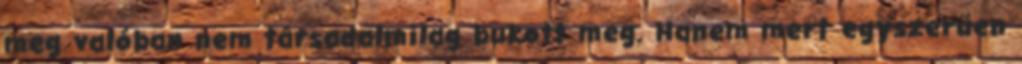
meg valóban nem társadalmilag bukott meg. Hanem mert egyszerűen